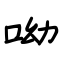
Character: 呦